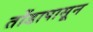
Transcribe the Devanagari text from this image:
तोंडापासून